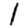
Digit: 1